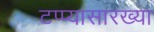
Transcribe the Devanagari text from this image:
टप्प्यासारख्या